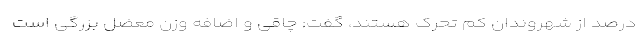
درصد از شهروندان کم تحرک هستند، گفت: چاقی و اضافه وزن معضل بزرگی است